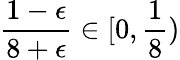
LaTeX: \frac{1-\epsilon}{8+\epsilon}\in[0,\frac{1}{8})